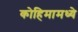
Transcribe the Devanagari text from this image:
कोहिमामध्ये